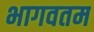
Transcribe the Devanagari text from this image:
भागवतम